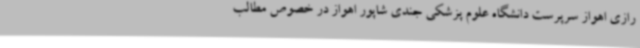
رازی اهواز سرپرست دانشگاه علوم پزشکی جندی شاپور اهواز در خصوص مطالب